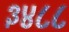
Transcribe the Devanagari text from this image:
३४८८